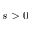
s > 0